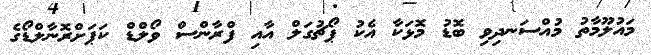
މައުލޫމާތު މުއްސަނދިވި ބޮޑު މޮޅަކާ އެކު ޕޯޗުގަލް އާއި ފްރާންސް ވޯލްޑް ކަޕަށްރޮނާލްޑޯގެ